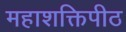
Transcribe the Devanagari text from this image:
महाशक्तिपीठ